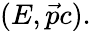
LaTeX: (E,{\vec{p}}c).